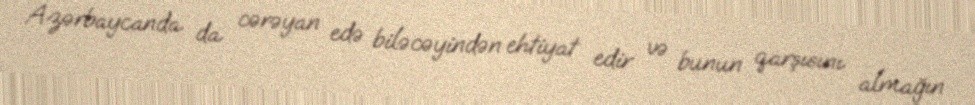
Azərbaycanda da cərəyan edə biləcəyindən ehtiyat edir və bunun qarşısını almağın